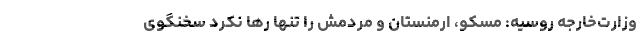
وزارت‌خارجه روسیه: مسکو، ارمنستان و مردمش را تنها رها نکرد سخنگوی